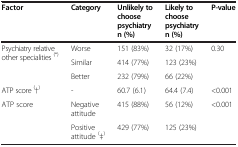
<table><thead><tr><td><b>Factor</b></td><td><b>Category</b></td><td><b>Unlikely to choose psychiatry n (%)</b></td><td><b>Likely to choose psychiatry n (%)</b></td><td><b>P-value</b></td></tr></thead><tbody><tr><td rowspan="3">Psychiatry relative other specialities <sup>(*)</sup></td><td>Worse</td><td>151 (83%)</td><td>32 (17%)</td><td rowspan="3">0.30</td></tr><tr><td>Similar</td><td>414 (77%)</td><td>123 (23%)</td></tr><tr><td>Better</td><td>232 (79%)</td><td>66 (22%)</td></tr><tr><td>ATP score <sup>(</sup>†<sup>)</sup></td><td>-</td><td>60.7 (6.1)</td><td>64.4 (7.4)</td><td>&lt;0.001</td></tr><tr><td rowspan="2">ATP score</td><td>Negative attitude</td><td>415 (88%)</td><td>56 (12%)</td><td rowspan="2">&lt;0.001</td></tr><tr><td>Positive attitude <sup>(</sup>‡<sup>)</sup></td><td>429 (77%)</td><td>125 (23%)</td></tr></tbody></table>